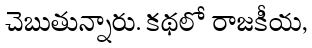
చెబుతున్నారు. కథలో రాజకీయ,